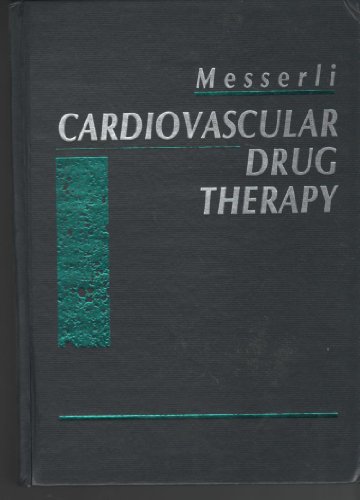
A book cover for Cardiovascular Drug Therapy; Medical Books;